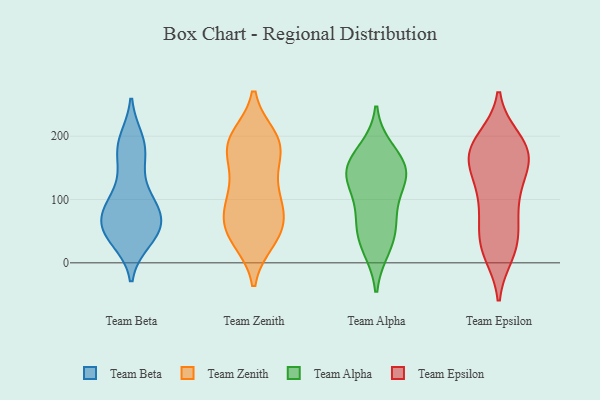
{"axis": {"x": "Tickets Resolved", "y": "Value"}, "legend": ["Team Alpha", "Team Beta", "Team Epsilon", "Team Zenith"], "data": [{"x": "", "y": 36, "type": "Team Beta"}, {"x": "", "y": 175, "type": "Team Beta"}, {"x": "", "y": 180, "type": "Team Beta"}, {"x": "", "y": 80, "type": "Team Beta"}, {"x": "", "y": 47, "type": "Team Beta"}, {"x": "", "y": 106, "type": "Team Beta"}, {"x": "", "y": 46, "type": "Team Beta"}, {"x": "", "y": 90, "type": "Team Beta"}, {"x": "", "y": 71, "type": "Team Beta"}, {"x": "", "y": 71, "type": "Team Beta"}, {"x": "", "y": 82, "type": "Team Beta"}, {"x": "", "y": 46, "type": "Team Beta"}, {"x": "", "y": 162, "type": "Team Beta"}, {"x": "", "y": 42, "type": "Team Beta"}, {"x": "", "y": 194, "type": "Team Beta"}, {"x": "", "y": 53, "type": "Team Beta"}, {"x": "", "y": 194, "type": "Team Beta"}, {"x": "", "y": 125, "type": "Team Beta"}, {"x": "", "y": 85, "type": "Team Beta"}, {"x": "", "y": 184, "type": "Team Zenith"}, {"x": "", "y": 66, "type": "Team Zenith"}, {"x": "", "y": 147, "type": "Team Zenith"}, {"x": "", "y": 93, "type": "Team Zenith"}, {"x": "", "y": 36, "type": "Team Zenith"}, {"x": "", "y": 188, "type": "Team Zenith"}, {"x": "", "y": 39, "type": "Team Zenith"}, {"x": "", "y": 185, "type": "Team Zenith"}, {"x": "", "y": 54, "type": "Team Zenith"}, {"x": "", "y": 198, "type": "Team Zenith"}, {"x": "", "y": 40, "type": "Team Zenith"}, {"x": "", "y": 192, "type": "Team Zenith"}, {"x": "", "y": 143, "type": "Team Zenith"}, {"x": "", "y": 99, "type": "Team Zenith"}, {"x": "", "y": 190, "type": "Team Zenith"}, {"x": "", "y": 62, "type": "Team Zenith"}, {"x": "", "y": 89, "type": "Team Zenith"}, {"x": "", "y": 106, "type": "Team Zenith"}, {"x": "", "y": 38, "type": "Team Alpha"}, {"x": "", "y": 63, "type": "Team Alpha"}, {"x": "", "y": 138, "type": "Team Alpha"}, {"x": "", "y": 25, "type": "Team Alpha"}, {"x": "", "y": 77, "type": "Team Alpha"}, {"x": "", "y": 143, "type": "Team Alpha"}, {"x": "", "y": 123, "type": "Team Alpha"}, {"x": "", "y": 142, "type": "Team Alpha"}, {"x": "", "y": 176, "type": "Team Alpha"}, {"x": "", "y": 157, "type": "Team Alpha"}, {"x": "", "y": 183, "type": "Team Epsilon"}, {"x": "", "y": 185, "type": "Team Epsilon"}, {"x": "", "y": 176, "type": "Team Epsilon"}, {"x": "", "y": 47, "type": "Team Epsilon"}, {"x": "", "y": 108, "type": "Team Epsilon"}, {"x": "", "y": 194, "type": "Team Epsilon"}, {"x": "", "y": 164, "type": "Team Epsilon"}, {"x": "", "y": 143, "type": "Team Epsilon"}, {"x": "", "y": 25, "type": "Team Epsilon"}, {"x": "", "y": 152, "type": "Team Epsilon"}, {"x": "", "y": 146, "type": "Team Epsilon"}, {"x": "", "y": 73, "type": "Team Epsilon"}, {"x": "", "y": 23, "type": "Team Epsilon"}, {"x": "", "y": 86, "type": "Team Epsilon"}, {"x": "", "y": 16, "type": "Team Epsilon"}, {"x": "", "y": 175, "type": "Team Epsilon"}, {"x": "", "y": 105, "type": "Team Epsilon"}, {"x": "", "y": 31, "type": "Team Epsilon"}, {"x": "", "y": 183, "type": "Team Epsilon"}]}